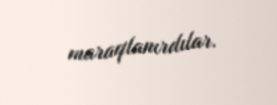
maraqlanırdılar.